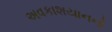
અવકાશયાનનો